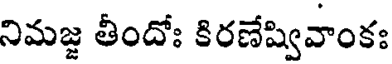
నిమజ్జ తీందోః కిరణేష్వివాంకః